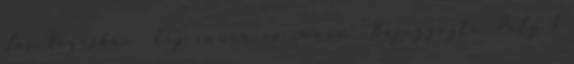
Las Vegasban kép innen és innen Bejegyezte: Poly 1